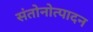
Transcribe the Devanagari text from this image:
संतोनोत्पादन